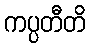
ကပ္ပတီတိ